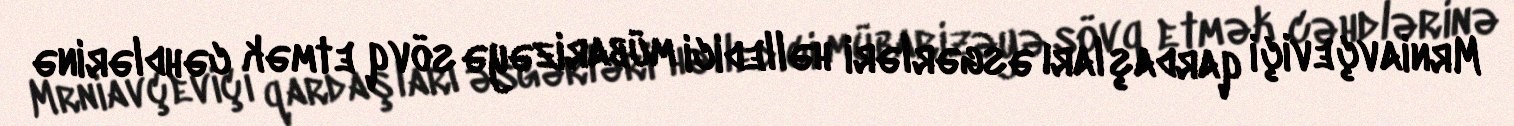
Mrniavçeviçi qardaşları əsgərləri həlledici mübarizəyə sövq etmək cəhdlərinə